Indian journal of veterinary science and animal husbandry - Volumes 15-17, 1948-1951
Year: 1948
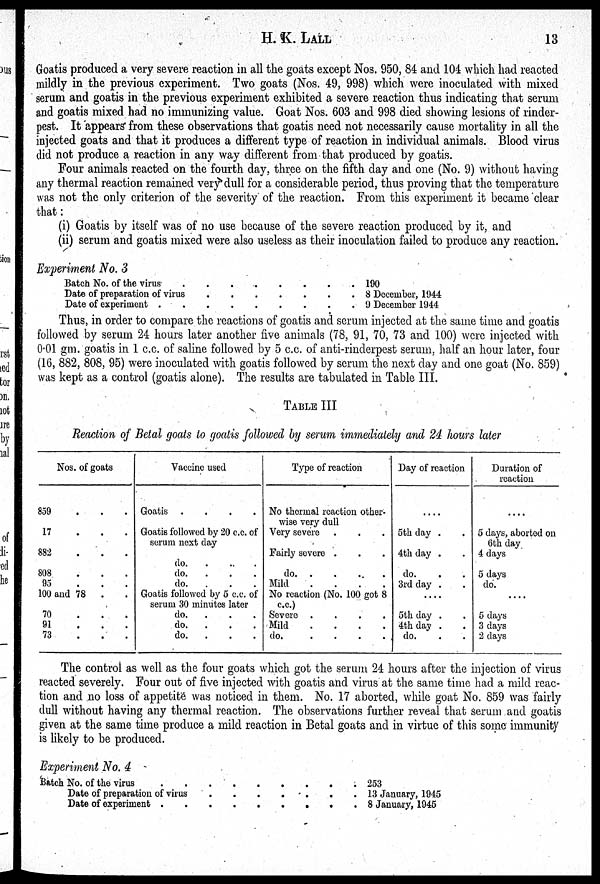
H. K.
LALL
13
Goatis produced a very severe reaction in all the goats except Nos. 950, 84 and 104 which had reacted
mildly in the previous experiment. Two goats (Nos. 49, 998) which were inoculated with mixed
serum and goatis in the previous experiment exhibited a severe reaction thus indicating that serum
and goatis mixed had no immunizing value. Goat Nos. 603 and 998 died showing lesions of rinder-
pest. It appears from these observations that goatis need not necessarily cause mortality in all the
injected goats and that it produces a different type of reaction in individual animals. Blood virus
did not produce a reaction in any way different from that produced by goatis.
Four animals reacted on the fourth day, three on the fifth day and one (No. 9) without having
any thermal reaction remained very dull for a considerable period, thus proving that the temperature
was not the only criterion of the severity of the reaction. From this experiment it became clear
that:
(i) Goatis by itself was of no use because of the severe reaction produced by it, and
(ii) serum and goatis mixed were also useless as their inoculation failed to produce any reaction.
Experiment No. 3
Batch No. of the virus
.
.
.
.
.
.
.
.
Date of preparation of virus . . . . . . .
Date of experiment . . . . . . . .
190
8 December, 1944
9 December 1944
Thus, in order to compare the reactions of goatis and serum injected at the same time and goatis
followed by serum 24 hours later another five animals (78, 91, 70, 73 and 100) were injected with
0.01 gm. goatis in 1 c.c. of saline followed by 5 c.c. of anti-rinderpest serum, half an hour later, four
(16, 882, 808, 95) were inoculated with goatis followed by serum the next day and one goat (No. 859)
was kept as a control (goatis alone). The results are tabulated in Table III.
TABLE III
Reaction of Betal goats to goatis followed by serum immediately and 24 hours later
Nos. of goats
859
.
.
.
17 . . .
882
.
.
.
808
.
.
.
95 . . .
100 and 78 . .
70 . . .
91 . . .
73 . . .
Vaccine used
Goatis
.
.
.
.
Goatis followed by 20 c.c. of
serum next day
do. . . .
do. . . .
do. . . .
Goatis followed by 5 c.c. of
serum 30 minutes later
do.
. . .
do.
. . .
do.
. . .
Type of reaction
No thermal reaction other-
wise very dull
Very severe . . .
Fairly severe . . .
do.
.
.
.
.
Mild
.
.
.
.
No reaction (No. 100 got 8
c.c.)
Severe
.
.
.
.
Mild
.
.
.
.
do.
.
.
.
.
Day of reaction
....
5th day . .
4th day . .
do. . .
3rd day . .
....
5th day . .
4th day . .
do. . .
Duration of
reaction
....
5 days, aborted on
6th day
4 days
5 days
do.
....
5 days
3 days
2 days
The control as well as the four goats which got the serum 24 hours after the injection of virus
reacted severely. Four out of five injected with goatis and virus at the same time had a mild reac-
tion and no loss of appetite was noticed in them. No. 17 aborted, while goat No. 859 was fairly
dull without having any thermal reaction. The observations further reveal that serum and goatis
given at the same time produce a mild reaction in Betal goats and in virtue of this some immunity
is likely to be produced.
Experiment No. 4
Batch No. of the virus . . . . . . . . .
Date of preparation of virus
.
.
.
.
.
.
.
Date of experiment . . . . . . . . .
253
13 January, 1945
8 January, 1945